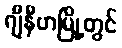
ဂျီနီဗာမြို့တွင်